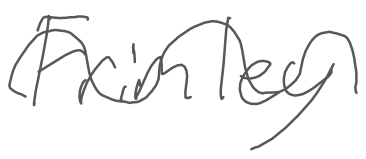
Text: Frimley
Cross-out: wave
Writing tool: digital_gray